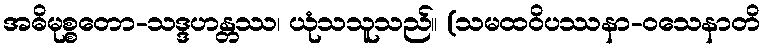
အဓိမုစ္စတော-သဒ္ဒဟန္တဿ၊ ယုံသသူသည်။ (သမထဝိပဿနာ-ဝသေနာတိ